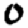
Digit: 0